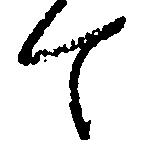
て